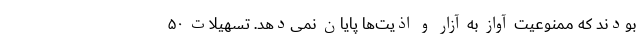
بودند که ممنوعیت آواز به آزار و اذیت‌ها پایان نمی‌دهد. تسهیلات ۵۰